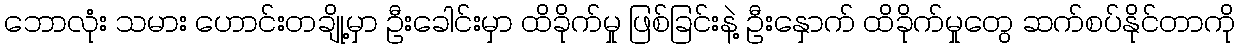
ဘောလုံး သမား ဟောင်းတချို့မှာ ဦးခေါင်းမှာ ထိခိုက်မှု ဖြစ်ခြင်းနဲ့ ဦးနှောက် ထိခိုက်မှုတွေ ဆက်စပ်နိုင်တာကို